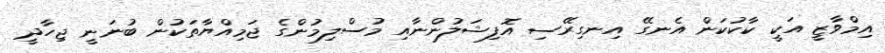
އިމްވާޒީ އަކީ ކާކުކަން އެނގޭ އިނގިރޭސި އޮފިޝަލުންނާއި މުސްލިމުންގެ ޖަމިއްޔާތަކުން ބުނަނީ ޖިހާދީ